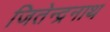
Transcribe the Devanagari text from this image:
जितेन्द्रनाथ